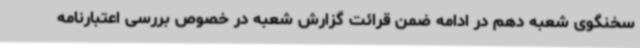
سخنگوی شعبه دهم در ادامه ضمن قرائت گزارش شعبه در خصوص بررسی اعتبارنامه